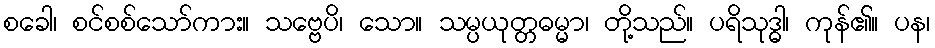
စခေါ၊ စင်စစ်သော်ကား။ သဗ္ဗေပိ၊ သော။ သမ္ပယုတ္တဓမ္မာ၊ တို့သည်။ ပရိသုဒ္ဓါ၊ ကုန်၏။ ပန၊